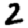
Digit: 2